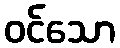
ဝင်သော